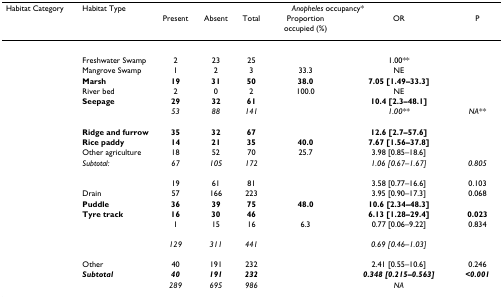
<table><thead><tr><td><b>Habitat Category</b></td><td><b>Habitat Type</b></td><td colspan="6"><b><i>Anopheles </i>occupancy*</b></td></tr><tr><td>[EMPTY_CELL]</td><td>[EMPTY_CELL]</td><td><b>Present</b></td><td><b>Absent</b></td><td><b>Total</b></td><td><b>Proportion occupied (%)</b></td><td><b>OR</b></td><td><b>P</b></td></tr></thead><tbody><tr><td colspan="8">[EMPTY_CELL]</td></tr><tr><td>[EMPTY_CELL]</td><td>Freshwater Swamp</td><td>2</td><td>23</td><td>25</td><td>[EMPTY_CELL]</td><td>1.00**</td><td>[EMPTY_CELL]</td></tr><tr><td>[EMPTY_CELL]</td><td>Mangrove Swamp</td><td>1</td><td>2</td><td>3</td><td>33.3</td><td>NE</td><td>[EMPTY_CELL]</td></tr><tr><td>[EMPTY_CELL]</td><td><b>Marsh</b></td><td><b>19</b></td><td><b>31</b></td><td><b>50</b></td><td><b>38.0</b></td><td><b>7.05 [1.49–33.3]</b></td><td>[EMPTY_CELL]</td></tr><tr><td>[EMPTY_CELL]</td><td>River bed</td><td>2</td><td>0</td><td>2</td><td>100.0</td><td>NE</td><td>[EMPTY_CELL]</td></tr><tr><td>[EMPTY_CELL]</td><td><b>Seepage</b></td><td><b>29</b></td><td><b>32</b></td><td><b>61</b></td><td>[EMPTY_CELL]</td><td><b>10.4 [2.3–48.1]</b></td><td>[EMPTY_CELL]</td></tr><tr><td>[EMPTY_CELL]</td><td>[EMPTY_CELL]</td><td><i>53</i></td><td><i>88</i></td><td><i>141</i></td><td>[EMPTY_CELL]</td><td><i>1.00**</i></td><td><i>NA**</i></td></tr><tr><td colspan="8">[EMPTY_CELL]</td></tr><tr><td>[EMPTY_CELL]</td><td><b>Ridge and furrow</b></td><td><b>35</b></td><td><b>32</b></td><td><b>67</b></td><td>[EMPTY_CELL]</td><td><b>12.6 [2.7–57.6]</b></td><td>[EMPTY_CELL]</td></tr><tr><td>[EMPTY_CELL]</td><td><b>Rice paddy</b></td><td><b>14</b></td><td><b>21</b></td><td><b>35</b></td><td><b>40.0</b></td><td><b>7.67 [1.56–37.8]</b></td><td>[EMPTY_CELL]</td></tr><tr><td>[EMPTY_CELL]</td><td>Other agriculture</td><td>18</td><td>52</td><td>70</td><td>25.7</td><td>3.98 [0.85–18.6]</td><td>[EMPTY_CELL]</td></tr><tr><td>[EMPTY_CELL]</td><td><i>Subtotal:</i></td><td><i>67</i></td><td><i>105</i></td><td><i>172</i></td><td>[EMPTY_CELL]</td><td><i>1.06 [0.67–1.67]</i></td><td><i>0.805</i></td></tr><tr><td colspan="8">[EMPTY_CELL]</td></tr><tr><td>[EMPTY_CELL]</td><td>[EMPTY_CELL]</td><td>19</td><td>61</td><td>81</td><td>[EMPTY_CELL]</td><td>3.58 [0.77–16.6]</td><td>0.103</td></tr><tr><td>[EMPTY_CELL]</td><td>Drain</td><td>57</td><td>166</td><td>223</td><td>[EMPTY_CELL]</td><td>3.95 [0.90–17.3]</td><td>0.068</td></tr><tr><td>[EMPTY_CELL]</td><td><b>Puddle</b></td><td><b>36</b></td><td><b>39</b></td><td><b>75</b></td><td><b>48.0</b></td><td><b>10.6 [2.34–48.3]</b></td><td>[EMPTY_CELL]</td></tr><tr><td>[EMPTY_CELL]</td><td><b>Tyre track</b></td><td><b>16</b></td><td><b>30</b></td><td><b>46</b></td><td>[EMPTY_CELL]</td><td><b>6.13 [1.28–29.4]</b></td><td><b>0.023</b></td></tr><tr><td>[EMPTY_CELL]</td><td>[EMPTY_CELL]</td><td>1</td><td>15</td><td>16</td><td>6.3</td><td>0.77 [0.06–9.22]</td><td>0.834</td></tr><tr><td>[EMPTY_CELL]</td><td>[EMPTY_CELL]</td><td><i>129</i></td><td><i>311</i></td><td><i>441</i></td><td>[EMPTY_CELL]</td><td><i>0.69 [0.46–1.03]</i></td><td>[EMPTY_CELL]</td></tr><tr><td colspan="8">[EMPTY_CELL]</td></tr><tr><td>[EMPTY_CELL]</td><td>Other</td><td>40</td><td>191</td><td>232</td><td>[EMPTY_CELL]</td><td>2.41 [0.55–10.6]</td><td>0.246</td></tr><tr><td>[EMPTY_CELL]</td><td><b><i>Subtotal</i></b></td><td><b><i>40</i></b></td><td><b><i>191</i></b></td><td><b><i>232</i></b></td><td>[EMPTY_CELL]</td><td><b><i>0.348 [0.215–0.563]</i></b></td><td><b><i>&lt;0.001</i></b></td></tr><tr><td>[EMPTY_CELL]</td><td>[EMPTY_CELL]</td><td><i>289</i></td><td><i>695</i></td><td><i>986</i></td><td>[EMPTY_CELL]</td><td><i>NA</i></td><td>[EMPTY_CELL]</td></tr></tbody></table>